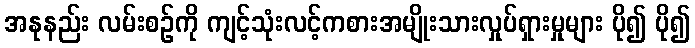
အနုနည်း လမ်းစဉ်ကို ကျင့်သုံးလင့်ကစားအမျိုးသားလှုပ်ရှားမှုများ ပို၍ ပို၍